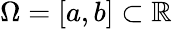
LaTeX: \Omega=[a,b]\subset\mathbb{R}